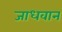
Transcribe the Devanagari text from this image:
जाधवान